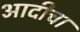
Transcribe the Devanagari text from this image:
आदीचा